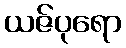
ယဇ်ပုရော